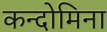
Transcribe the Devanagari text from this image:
कन्दोमिना